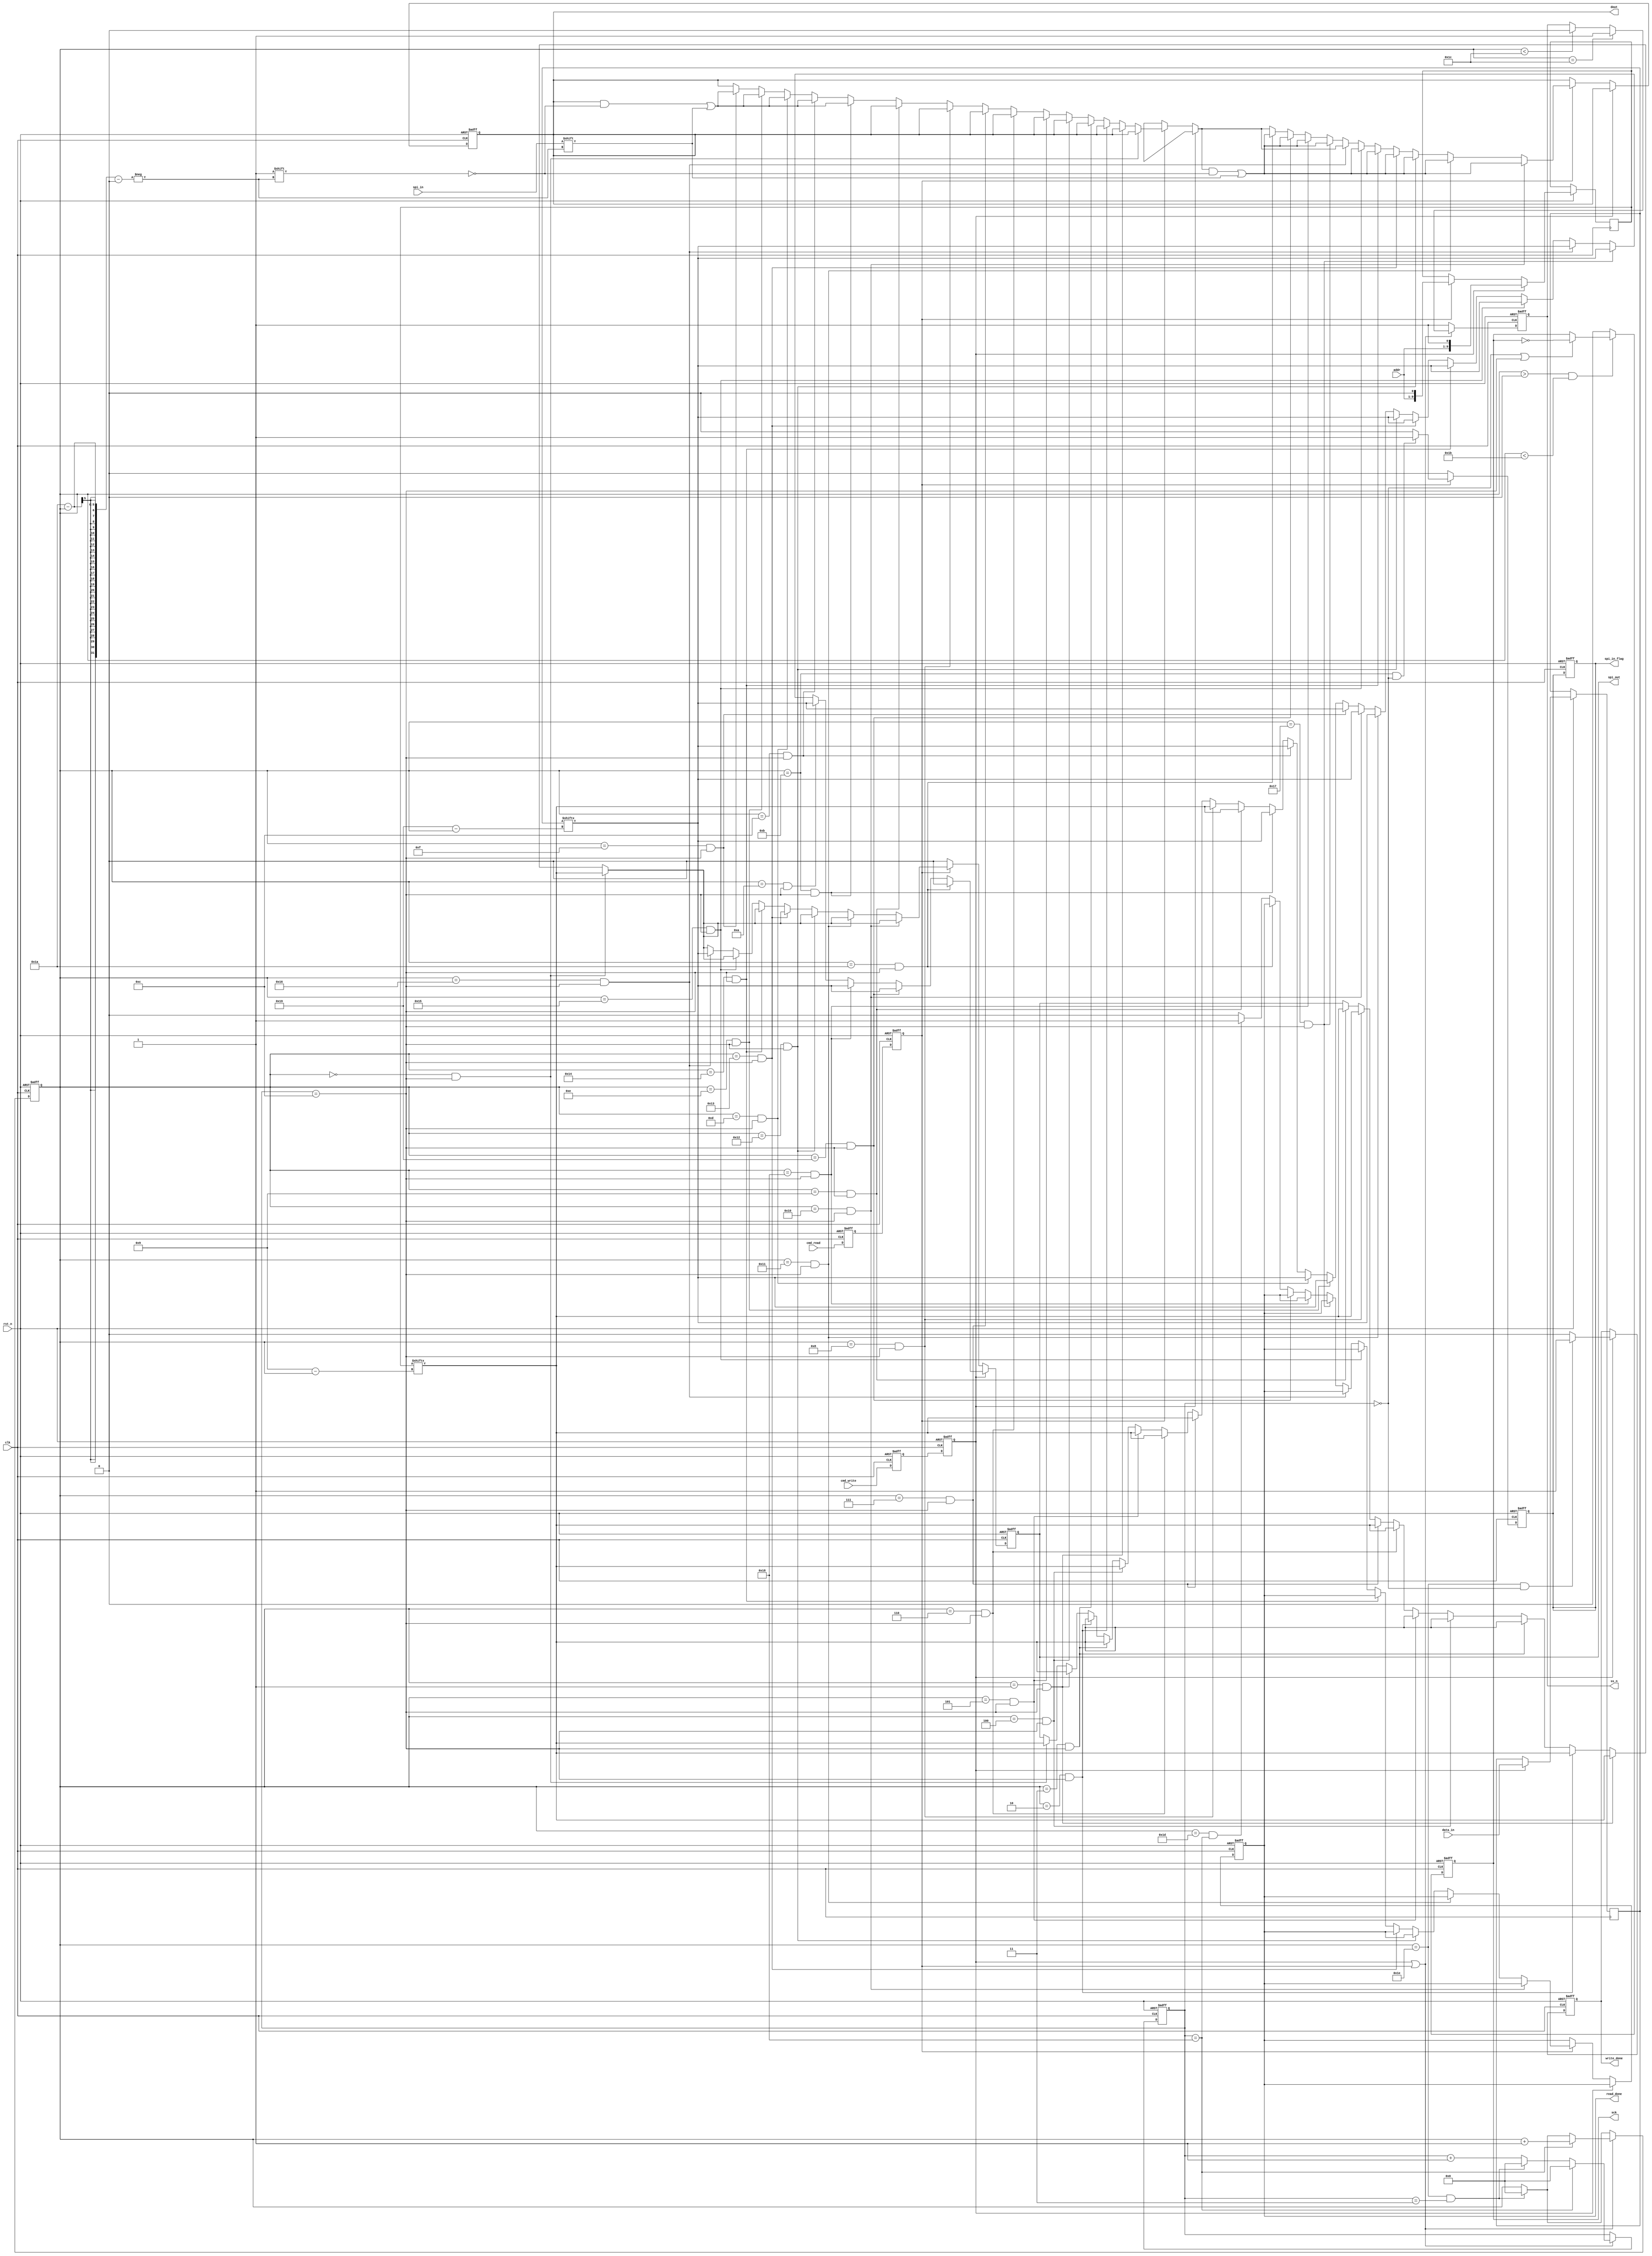
module spi(
    clk         ,
    rst_n       ,
    addr        ,
    data_in     ,
    cmd_write   ,
    cmd_read    ,
    spi_in      ,
    write_done  ,
    read_done   ,
    ss_n        ,
    spi_out     ,
    sck         ,
    spi_in_flag ,
    dout
    );

    //
    parameter      DATA_W =         16;
    parameter      ADDR_W =         9 ;

    //
    input               clk          ;
    input               rst_n        ;
    input[DATA_W-1:0]   data_in      ;
    input[ADDR_W-1:0]   addr         ;            
    input               cmd_write    ;
    input               cmd_read     ;
    input               spi_in       ;
    
    //
    output[DATA_W-1:0]  dout         ;
    output              write_done   ;
    output              read_done    ;
    output              ss_n         ;
    output              spi_out      ;
    output              sck          ;
    output              spi_in_flag  ;
    
    
    
    
    

    //reg
    reg[DATA_W-1:0]   data_r       ;
    reg[ADDR_W:0]     addr_r       ;            
    reg               cmd_write_r  ;
    reg               cmd_write_rr ;    
    reg               cmd_read_r   ;
    reg               cmd_read_rr  ;    
    reg[4:0]          cnt_spi      ;
    reg[4:0]          i            ;
    reg[DATA_W-1:0]   dataout_r    ;
    reg               ss_n_r       ;
	reg               sck_r        ;
	reg               spi_out_r    ;
	reg               write_done_r ;
	reg               read_done_r  ;
    reg               spi_in_flag_r;    
    

   



    //SS_N
    always@(posedge clk or negedge rst_n)begin
        if(rst_n==1'b0)begin
            cmd_read_rr <= 1'b0 ;
            cmd_read_r  <= 1'b0 ;
            cmd_write_rr<= 1'b0 ;
            cmd_write_r <= 1'b0 ;
            cnt_spi     <= 5'd0 ;
            i           <= 5'd0 ;
            ss_n_r      <= 1'b1 ;				
        end
        else begin
            cmd_read_r   <= cmd_read    ;
            cmd_read_rr  <= cmd_read_r  ;
            cmd_write_r  <= cmd_write   ;
            cmd_write_rr <= cmd_write_r ;
            if(i==5'd30&&cnt_spi==5'd3)begin
                    i <= 5'd0  ;
            end
            if(cmd_write_rr==1'b1||cmd_read_rr==1'b1)begin
                if(cnt_spi==5'd24)begin
                    cnt_spi <=5'd0 ;
                    i  <= i+ 1 ;
                end
               else if(i==5'd30&&cnt_spi==5'd3)begin
                 cnt_spi <= 5'd0 ;
               end
                
                else begin
                  cnt_spi <= cnt_spi + 1 ;
                end
              if(i<5'd28)begin
                    ss_n_r     <=  1'b0       ;
              end  
              if(i==5'd28)begin
                    ss_n_r  <= 1'b1 ;
              end
            end
          else begin
            ss_n_r <= 1'b1 ;
          end
        end
    end
    //SCK    
    always  @(posedge clk or negedge rst_n)begin
        if(rst_n==1'b0)begin
            sck_r         <= 1'b0 ;
        end
        else begin
            if(i>0 && i < 5'd27)begin
                if(cnt_spi==0 || cnt_spi == 5'd12)begin
                    sck_r <= ~sck_r ;
                end
            end
            else begin
                sck_r <= 1'd0 ;
            end

        end
    end
    //spi_out
    always  @(posedge clk or negedge rst_n)begin
        if(rst_n==1'b0)begin
            spi_out_r <= 1'b0 ;
            dataout_r <= 16'd0;
            write_done_r <= 1'b0;
            read_done_r  <= 1'b0;
            spi_in_flag_r  <= 1'b0;
        end
        else begin
//            if(i==5'd0 && cnt_spi==5'd0)begin
//                dataout_r <= 16'd0 ;
//            end
            if(cmd_write_rr==1'b1)begin
                data_r  <= data_in      ;
                addr_r  <= {addr,1'b1}  ;
 //               if((i>=5'd0&&i<5'd10)&&cnt_spi== 5'd12)begin
 //                   spi_out_r  <= addr_r[9-i] ;
 //               end
                if(i==5'd0&& cnt_spi== 5'd12)begin
                    spi_out_r  <= addr_r[9-i] ;
                end
                if(i==5'd1&& cnt_spi== 5'd12)begin
                    spi_out_r  <= addr_r[9-i] ;
                end
                if(i==5'd2&& cnt_spi== 5'd12)begin
                    spi_out_r  <= addr_r[9-i] ;
                end
                if(i==5'd3&& cnt_spi== 5'd12)begin
                    spi_out_r  <= addr_r[9-i] ;
                end
                if(i==5'd4&& cnt_spi== 5'd12)begin
                    spi_out_r  <= addr_r[9-i] ;
                end
                if(i==5'd5&& cnt_spi== 5'd12)begin
                    spi_out_r  <= addr_r[9-i] ;
                end
                if(i==5'd6&& cnt_spi== 5'd12)begin
                    spi_out_r  <= addr_r[9-i] ;
                end
                if(i==5'd7&& cnt_spi== 5'd12)begin
                    spi_out_r  <= addr_r[9-i] ;
                end
                if(i==5'd8&& cnt_spi== 5'd12)begin
                    spi_out_r  <= addr_r[9-i] ;
                end
                if(i==5'd9&& cnt_spi== 5'd12)begin
                    spi_out_r  <= addr_r[9-i] ;
                end
                //????
                if(i==5'd10&&cnt_spi==5'd12)begin
                    spi_out_r  <= data_r[25-i];
                end
                if(i==5'd11&&cnt_spi==5'd12)begin
                    spi_out_r  <= data_r[25-i];
                end
                if(i==5'd12&&cnt_spi==5'd12)begin
                    spi_out_r  <= data_r[25-i];
                end
                if(i==5'd13&&cnt_spi==5'd12)begin
                    spi_out_r  <= data_r[25-i];
                end
                if(i==5'd14&&cnt_spi==5'd12)begin
                    spi_out_r  <= data_r[25-i];
                end
                if(i==5'd15&&cnt_spi==5'd12)begin
                    spi_out_r  <= data_r[25-i];
                end
                if(i==5'd16&&cnt_spi==5'd12)begin
                    spi_out_r  <= data_r[25-i];
                end
                if(i==5'd17&&cnt_spi==5'd12)begin
                    spi_out_r  <= data_r[25-i];
                end
                if(i==5'd18&&cnt_spi==5'd12)begin
                    spi_out_r  <= data_r[25-i];
                end
                if(i==5'd19&&cnt_spi==5'd12)begin
                    spi_out_r  <= data_r[25-i];
                end
                if(i==5'd20&&cnt_spi==5'd12)begin
                    spi_out_r  <= data_r[25-i];
                end
                if(i==5'd21&&cnt_spi==5'd12)begin
                    spi_out_r  <= data_r[25-i];
                end
                if(i==5'd22&&cnt_spi==5'd12)begin
                    spi_out_r  <= data_r[25-i];
                end
                if(i==5'd23&&cnt_spi==5'd12)begin
                    spi_out_r  <= data_r[25-i];
                end
                if(i==5'd10&&cnt_spi==5'd12)begin
                    spi_out_r  <= data_r[25-i];
                end
                if(i==5'd10&&cnt_spi==5'd12)begin
                    spi_out_r  <= data_r[25-i];
                end
                if(i==5'd24&&cnt_spi==5'd12)begin
                    spi_out_r  <= data_r[25-i];
                end
                if(i==5'd25&&cnt_spi==5'd12)begin
                    spi_out_r  <= data_r[25-i];
                end
                if(i==5'd26&&cnt_spi==5'd12)begin
                    spi_out_r  <= 1'b0 ;
                end
                if(i==5'd30&&cnt_spi==5'd0)begin
                    write_done_r<=1'b1;
                end
                else begin
                    write_done_r<= 1'b0;
                end
            end
            else if(cmd_read_rr==1'b1)begin   //
                addr_r  <={addr,1'b0};

                if(i==5'd0&& cnt_spi== 5'd12)begin
                    spi_out_r  <= addr_r[9-i] ;
                end
                else if(i==5'd1&& cnt_spi== 5'd12)begin
                    spi_out_r  <= addr_r[9-i] ;
                end
                else if(i==5'd2&& cnt_spi== 5'd12)begin
                    spi_out_r  <= addr_r[9-i] ;
                end
                else if(i==5'd3&& cnt_spi== 5'd12)begin
                    spi_out_r  <= addr_r[9-i] ;
                end
                else if(i==5'd4&& cnt_spi== 5'd12)begin
                    spi_out_r  <= addr_r[9-i] ;
                end
                else if(i==5'd5&& cnt_spi== 5'd12)begin
                    spi_out_r  <= addr_r[9-i] ;
                end
                else if(i==5'd6&& cnt_spi== 5'd12)begin
                    spi_out_r  <= addr_r[9-i] ;
                end
                else if(i==5'd7&& cnt_spi== 5'd12)begin
                    spi_out_r  <= addr_r[9-i] ;
                end
                else if(i==5'd8&& cnt_spi== 5'd12)begin
                    spi_out_r  <= addr_r[9-i] ;
                end
                else if(i==5'd9&& cnt_spi== 5'd12)begin
                    spi_out_r  <= addr_r[9-i] ;
                end

                else if(i==5'd11&&cnt_spi==5'd12)begin
                    dataout_r[26-i]  <= spi_in;
                end
                else if(i==5'd12&&cnt_spi==5'd12)begin
                    dataout_r[26-i]  <= spi_in;
                end
                else if(i==5'd13&&cnt_spi==5'd12)begin
                    dataout_r[26-i]  <= spi_in;
                end
                else if(i==5'd14&&cnt_spi==5'd12)begin
                    dataout_r[26-i]  <= spi_in;
                end
                else if(i==5'd15&&cnt_spi==5'd12)begin
                    dataout_r[26-i]  <= spi_in;
                end
                if(i==5'd16&&cnt_spi==5'd12)begin
                    dataout_r[26-i]  <= spi_in;
                end
                else if(i==5'd17&&cnt_spi==5'd12)begin
                    dataout_r[26-i]  <= spi_in;
                end
                else if(i==5'd18&&cnt_spi==5'd12)begin
                    dataout_r[26-i]  <= spi_in;
                end
                else if(i==5'd19&&cnt_spi==5'd12)begin
                    dataout_r[26-i]  <= spi_in;
                end
                else if(i==5'd20&&cnt_spi==5'd12)begin
                    dataout_r[26-i]  <= spi_in;
                end
                else if(i==5'd21&&cnt_spi==5'd12)begin
                    dataout_r[26-i]  <= spi_in;
                end
                else if(i==5'd22&&cnt_spi==5'd12)begin
                    spi_out_r  <= data_r[25-i];
                end
                else if(i==5'd23&&cnt_spi==5'd12)begin
                    dataout_r[26-i]  <= spi_in;
                end
                else if(i==5'd24&&cnt_spi==5'd12)begin
                    dataout_r[26-i]  <= spi_in;
                end
                else if(i==5'd25&&cnt_spi==5'd12)begin
                    dataout_r[26-i]  <= spi_in;
                end
                else if(i==5'd26&&cnt_spi==5'd12)begin
                    dataout_r[26-i]  <= spi_in;
                end

                else if(i==5'd29 && cnt_spi==5'd24)begin
                    read_done_r<=1'b1;
                end
                else begin
                     read_done_r<=1'b0 ;
                end
				end
			else begin
				spi_out_r <= 1'b0 ;
			end
      end
	end
	always  @(posedge clk or negedge rst_n)begin
    if(rst_n==1'b0)begin
      spi_in_flag_r <= 1'b0      ;
    end
    else begin
      if(cmd_read_rr==1'b1)begin
        if(i==5'd11 && cnt_spi==5'd0)begin
          spi_in_flag_r <= 1'b1      ;
        end
        else begin spi_in_flag_r <= 1'b0    ;end
      end 
      else begin 
        spi_in_flag_r <= 1'b0    ;
      end
    end
end
	assign dout = dataout_r ;
	assign ss_n = ss_n_r       ;
	assign sck  = sck_r        ;
	assign spi_out=spi_out_r    ;
	assign spi_in_flag=spi_in_flag_r  ;    
	assign write_done=write_done_r ;
	assign read_done= read_done_r  ;
endmodule